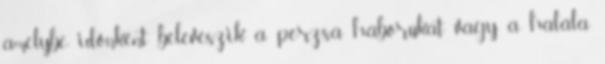
amelybe időnként beleveszik a perzsa háborúkat vagy a halála